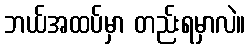
ဘယ်အထပ်မှာ တည်းရမှာလဲ။